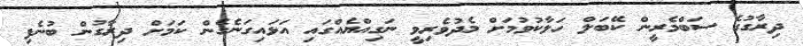
ދިރާގުގެ ސަބްމެރީން ކޭބަލް ހަލާކުވުމަށް މެދުވެރިވީ ނަގިއްޔެއްގައި އަޅައިގަނެގެން ކަމަށް ދިރާގުން ބުނެފި